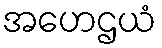
အဟေဌယံ